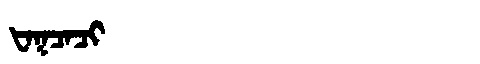
Manchu: ᡶᠠᡴᠴᠠᠴᡳ
Romanization: FAKCACI